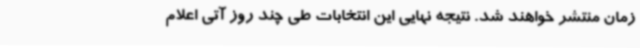
زمان منتشر خواهند شد. نتیجه نهایی این انتخابات طی چند روز آتی اعلام